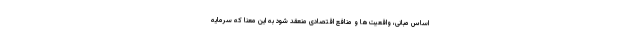
اساس مبانی، واقعیت‌ها و منافع اقتصادی منعقد شود به این معنا که سرمایه